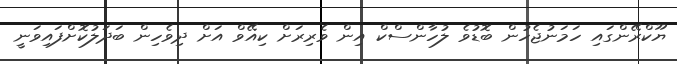
ޔޫކްރޭންގައި ހަމަނުޖެހުން ބޮޑުވެ ލުހާންސްކް އިން ވެރިރަށް ކިއޭވް އަށް ދިވެހިން ބަދަލުކޮށްފައިވަނީ